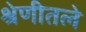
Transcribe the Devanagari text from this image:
श्रेणीतले